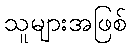
သူများအဖြစ်